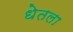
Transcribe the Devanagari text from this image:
धेतला